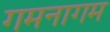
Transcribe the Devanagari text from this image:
गमनागम